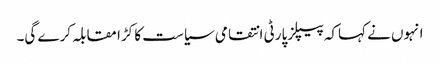
انہوں نے کہاکہ پیپلز پارٹی انتقامی سیاست کا کڑا مقابلہ کرے گی۔